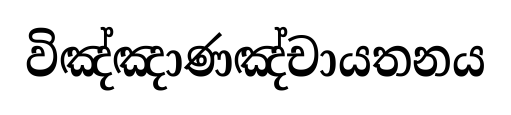
විඤ්ඤාණඤ්චායතනය